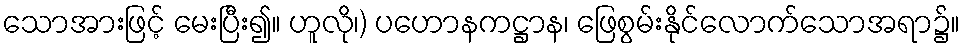
သောအားဖြင့် မေးပြီး၍။ ဟူလို၊) ပဟောနကဋ္ဌာန၊ ဖြေစွမ်းနိုင်လောက်သောအရာ၌။